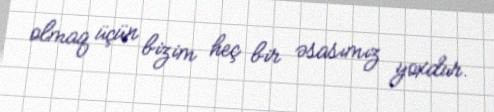
olmaq üçün bizim heç bir əsasımız yoxdur.